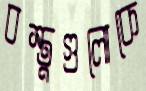
বস্তুগুলোকে